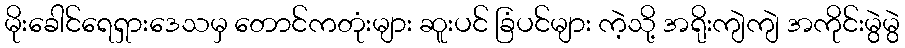
မိုးခေါင်ရေရှားဒေသမှ တောင်ကတုံးများ ဆူးပင် ခြံပင်များ ကဲ့သို့ အရိုးကျဲကျဲ အကိုင်းမွဲမွဲ